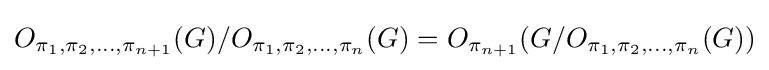
O_{\pi _{1},\pi _{2},\dots ,\pi _{n+1}}(G)/O_{\pi _{1},\pi _{2},\dots ,\pi _{n}}(G)=O_{\pi _{n+1}}(G/O_{\pi _{1},\pi _{2},\dots ,\pi _{n}}(G))